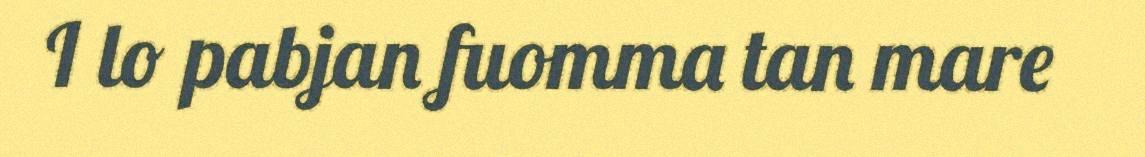
I lo pabjan fuomma tan mare